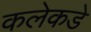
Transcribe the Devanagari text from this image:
कलेकडे